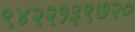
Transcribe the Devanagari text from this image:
९४२२१३९७२०